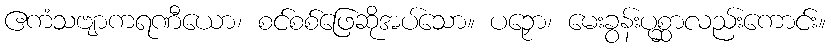
ဧကံသဗျာကရဏီယော၊ စင်စစ်ဖြေဆိုအပ်သော။ ပဉှော၊ မေးခွန်းပုစ္ဆာလည်းကောင်း။